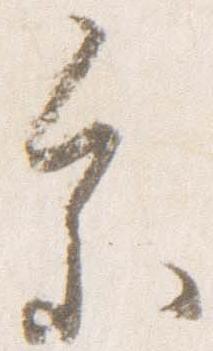
参